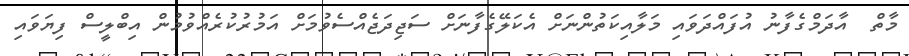
މާތް  އާދަމްގެފާނު އުފައްދަވައި މަލާއިކަތުންނަށް އެކަލޭގެފާނަށް ސަޖިދަޖެއްސެވުމަށް އަމުރުކުރެއްވުމުން އިބްލީސް ފިޔަވައި